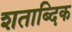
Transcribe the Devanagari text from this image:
शताब्दिक